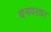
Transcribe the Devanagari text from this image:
वनवरयर